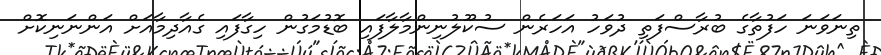
ތިނަވަނަ ހަފުތާގެ ބުރާސްފަތި ދުވަހު އަހަރެން ސުކޫލުނިންމާލާފައި ބޮޑުމަގުން ހިގާފައި ގެއާދިމާއަށް އަންނަނިކޮށް